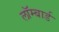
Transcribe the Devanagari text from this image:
लॉम्बार्ड